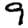
Digit: 9